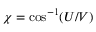
\chi = \cos ^ { - 1 } ( U / V )